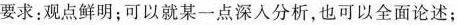
要求：观点鲜明；可以就某一点深入分析，也可以全面论述；